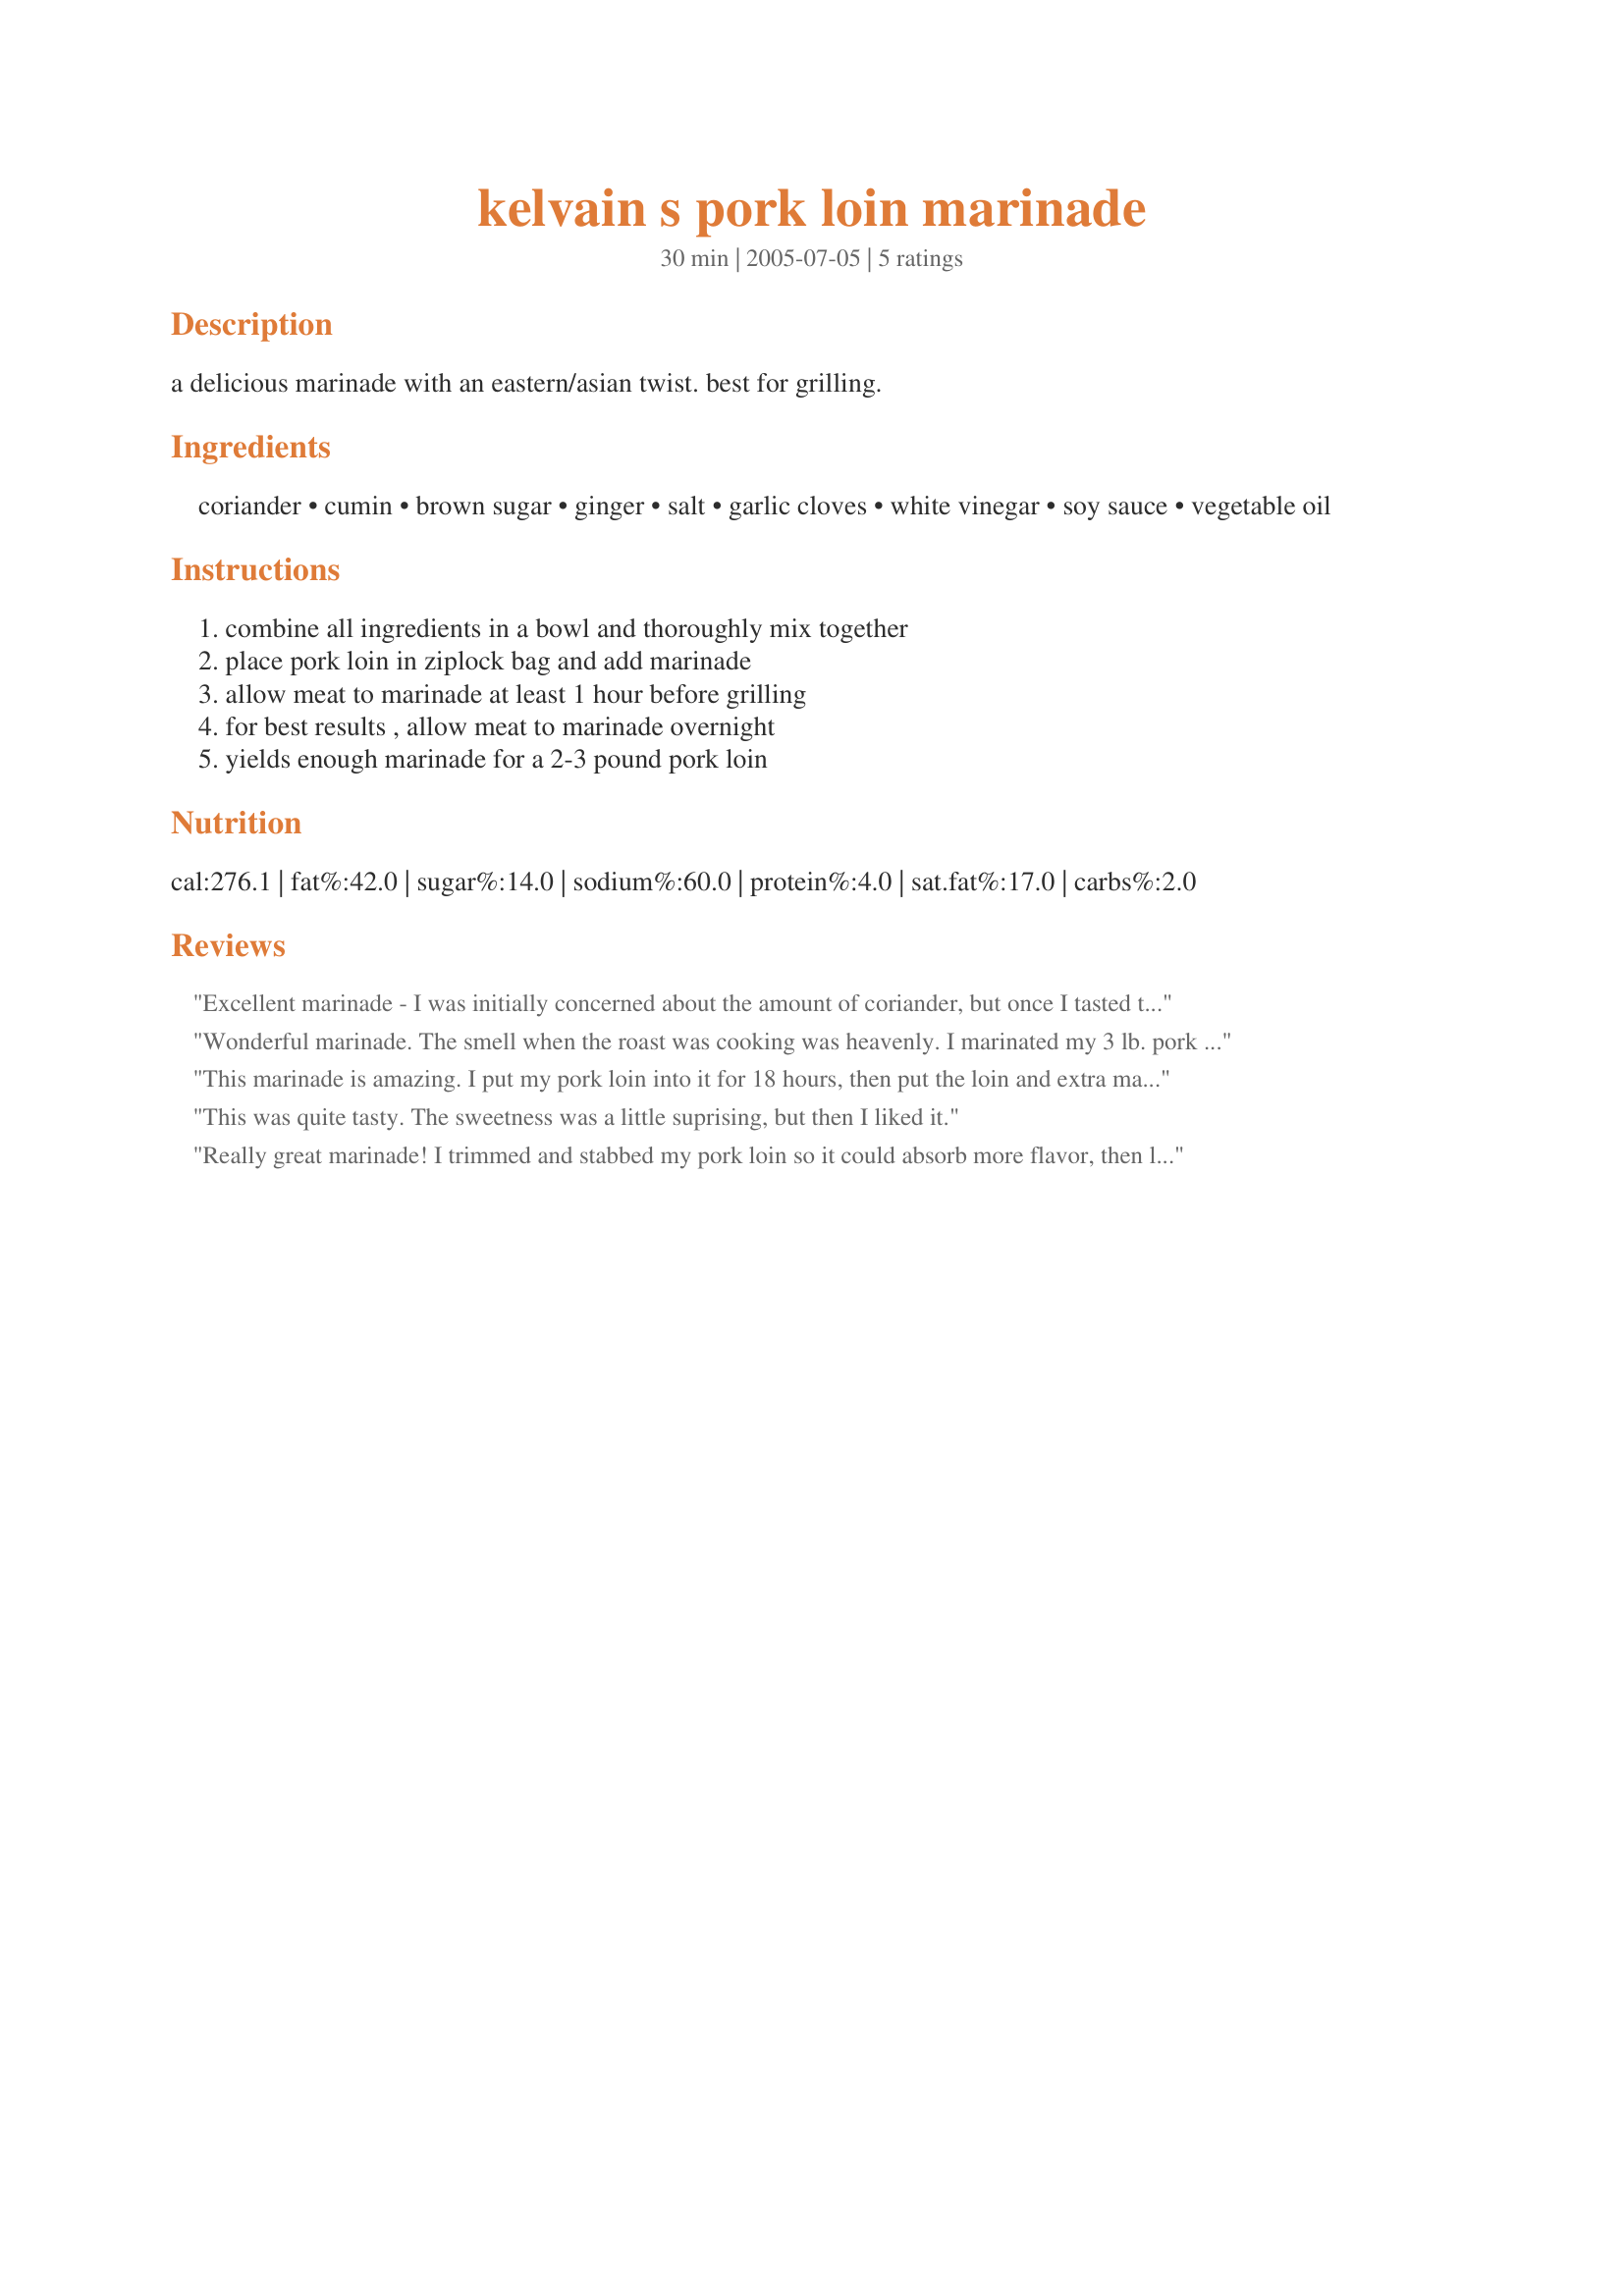
kelvain s pork loin marinade
Preparation time: 30 minutes

a delicious marinade with an eastern/asian twist. best for grilling.

Ingredients:
coriander, cumin, brown sugar, ginger, salt, garlic cloves, white vinegar, soy sauce, vegetable oil

Steps:
combine all ingredients in a bowl and thoroughly mix together, place pork loin in ziplock bag and add marinade, allow meat to marinade at least 1 hour before grilling, for best results , allow meat to marinade overnight, yields enough marinade for a 2-3 pound pork loin

Reviews:
Excellent marinade - I was initially concerned about the amount of coriander, but once I tasted the grilled meat I was pleasantly surprised - nice flavor - will definitely make this again.
Wonderful marinade. The smell when the roast was cooking was heavenly. I marinated my 3 lb. pork loin for 30 hrs., cooked for 1h 15 min. at 350 F and it was absolutely wonderful, tender and tasty. Thanks for posting your marinade. Will make again for sure.
This marinade is amazing. I put my pork loin into it for 18 hours, then put the loin and extra marinade in the crock pot with a cup of chicken broth for 18 hours. I cannot STAND pork, and even I at some of this amazing roast. Almost like a honey ham, only much tastier. My husband and three little kids devoured my entire three pound roast for dinner...The kids even turned down cheesy pasta for it. Once again, greatest pork marinade EVER! Thank you sooooo much!
This was quite tasty. The sweetness was a little suprising, but then I liked it.
Really great marinade! I trimmed and stabbed my pork loin so it could absorb more flavor, then let it sit for a little more than a day in the fridge, turning once. Let this cook in the Crock Pot with the marinade and just enough chicken broth to come about 2/3 up the meat for about 10 hrs on low. It could have cooked a little less, as it was falling apart, but the flavor was divine. Shredded the meat on the plates and drizzled with some of the juices from the crock. Even my picky kids and pickier husband ate this and asked for more. Thanks for sharing!
